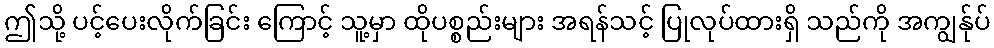
ဤသို့ ပင့်ပေးလိုက်ခြင်း ကြောင့် သူ့မှာ ထိုပစ္စည်းများ အရန်သင့် ပြုလုပ်ထားရှိ သည်ကို အကျွန်ုပ်